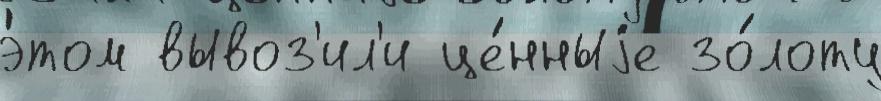
э́том вывоз'ил'и це́нныjе зо́лоту